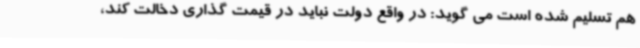
هم تسلیم شده است می گوید: در واقع دولت نباید در قیمت گذاری دخالت کند،